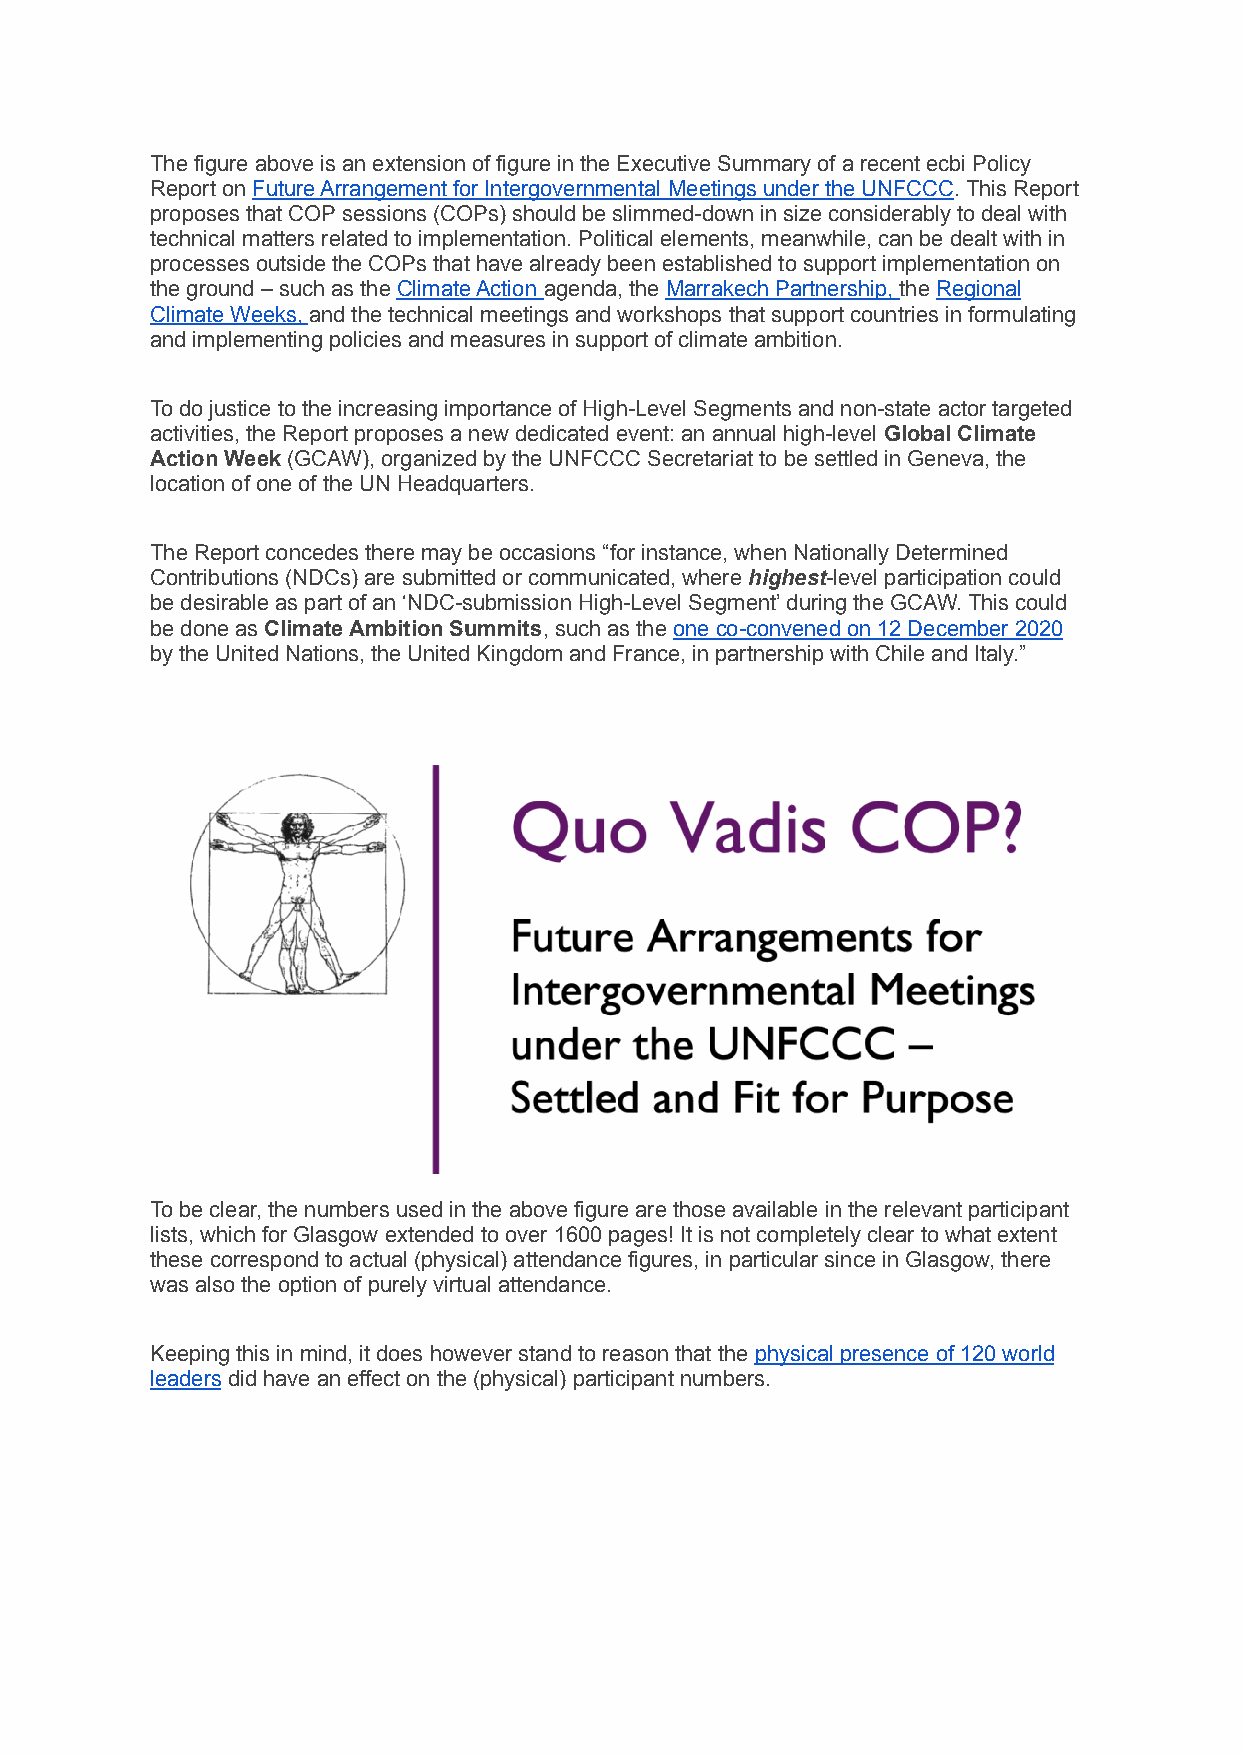
The figure above is an extension of figure in the Executive Summary of a recent ecbi Policy
 Report onFuture Arrangement for Intergovernmental Meetings under the UNFCCC. This Report
 proposes that COP sessions (COPs) should be slimmed-down in size considerably to deal with
 technical matters related to implementation. Political elements, meanwhile, can be dealt with in
 processes outside the COPs that have already been established to support implementation on
 the ground – such as theClimate Action agenda, theMarrakech Partnership,theRegional
 Climate Weeks,and the technical meetings and workshopsthat support countries in formulating
 and implementing policies and measures in support of climate ambition.
 To do justice to the increasing importance of High-Level Segments and non-state actor targeted
 activities, the Report proposes a new dedicated event: an annual high-levelGlobal Climate
 Action Week(GCAW), organized by the UNFCCC Secretariatto be settled in Geneva, the
 location of one of the UN Headquarters.
 The Report concedes there may be occasions “for instance, when Nationally Determined
 Contributions (NDCs) are submitted or communicated, wherehighest-level participation could
 be desirable as part of an ‘NDC-submission High-Level Segment’ during the GCAW. This could
 be done asClimate Ambition Summits, such as theoneco-convened on 12 December 2020
 by the United Nations, the United Kingdom and France, in partnership with Chile and Italy.”
 To be clear, the numbers used in the above figure are those available in the relevant participant
 lists, which for Glasgow extended to over 1600 pages! It is not completely clear to what extent
 these correspond to actual (physical) attendance figures, in particular since in Glasgow, there
 was also the option of purely virtual attendance.
 Keeping this in mind, it does however stand to reason that thephysical presence of 120 world
 leadersdid have an effect on the (physical) participantnumbers.